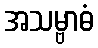
အသမ္ဗာဓံ